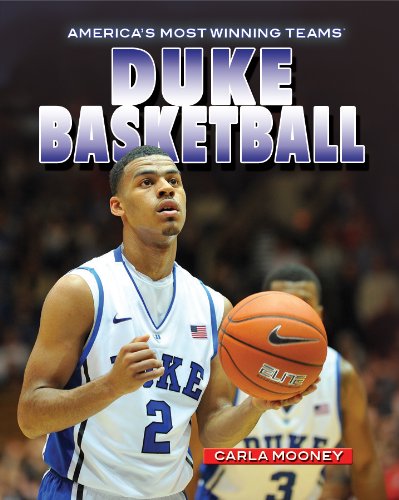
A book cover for Duke Basketball (America's Most Winning Teams); Carla Mooney; Teen & Young Adult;